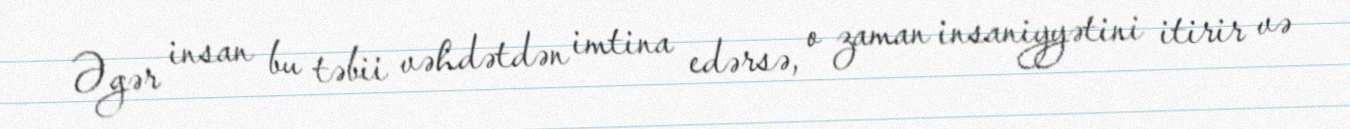
Əgər insan bu təbii vəhdətdən imtina edərsə, o zaman insaniyyətini itirir və